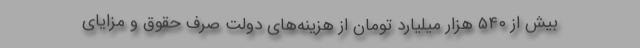
بیش از ۵۴۰ هزار میلیارد تومان از هزینه‌های دولت صرف حقوق و مزایای